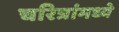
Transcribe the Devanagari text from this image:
चरित्रांमध्ये